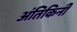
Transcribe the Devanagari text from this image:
अंतिकिनी